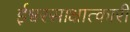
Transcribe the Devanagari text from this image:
ईश्वरसाक्षात्कारी